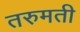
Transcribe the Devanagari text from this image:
तरुमती